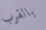
بالقرب